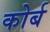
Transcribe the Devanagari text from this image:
कोर्ब